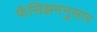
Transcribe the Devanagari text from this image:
फॅसिझमनुसार